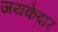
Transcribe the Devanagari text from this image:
जयकेदार